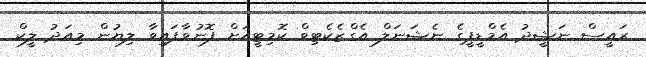
ރައީސް ނަޝީދު އެމްޑީޕީގެ ނެޝަނަލް އެގްޒެކެޓިވް ކޮމިޓީއަށް ފޮނުވާފައިވާ ލިޔުން މިއަދު ލީކް